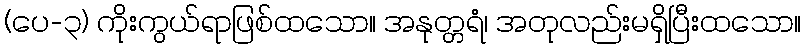
(ပေ-၃) ကိုးကွယ်ရာဖြစ်ထသော။ အနုတ္တရံ၊ အတုလည်းမရှိပြီးထသော။